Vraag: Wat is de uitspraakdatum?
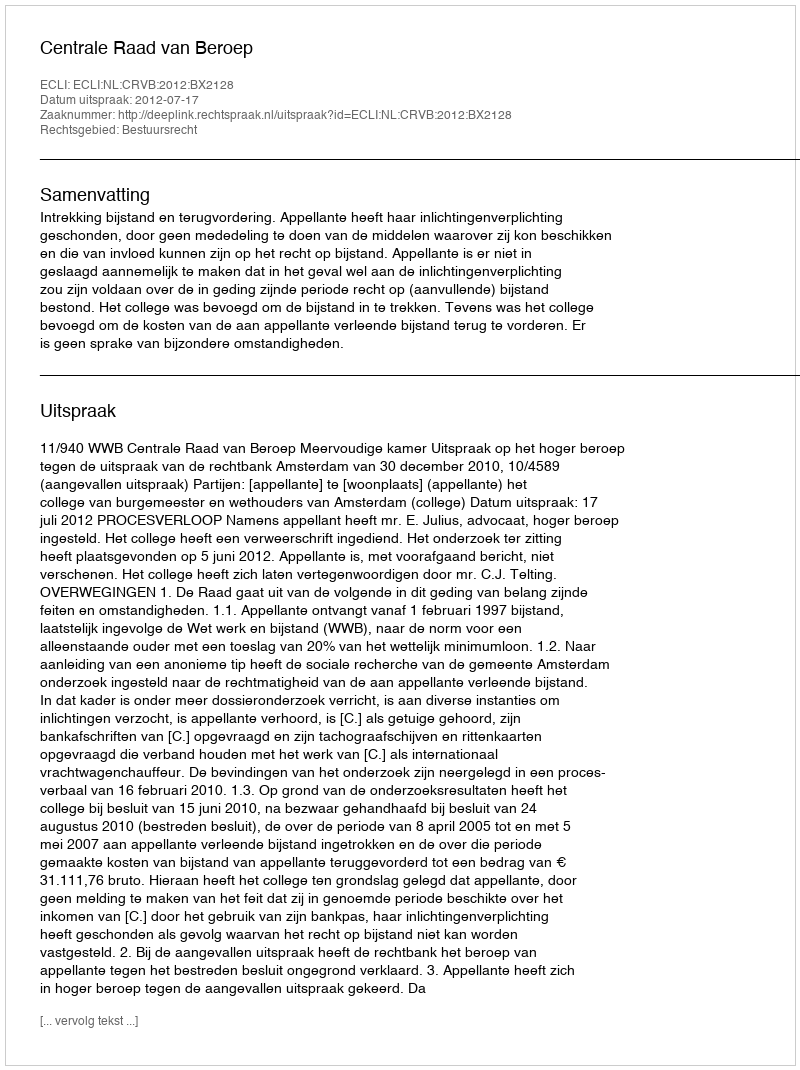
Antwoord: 2012-07-17